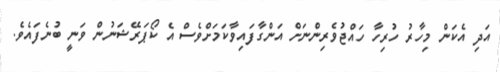
އަދި އެކަން މިހާރު ހުރިހާ ހައްޖުވެރިންނަށް އަންގާފައިވާކަމަށްވެސް އެ ކޯޕަރޭޝަނުން ވަނީ ބުނެފައެވެ.